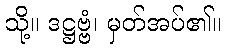
သို့။ ဒဋ္ဌဗ္ဗံ၊ မှတ်အပ်၏။